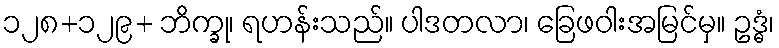
၁၂၈+၁၂၉+ ဘိက္ခု၊ ရဟန်းသည်။ ပါဒတလာ၊ ခြေဖဝါးအမြင်မှ။ ဥဒ္ဓံ၊